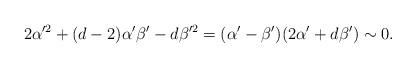
LaTeX: \begin{align*}2\alpha'^2 +(d - 2) \alpha' \beta' -d \beta'^2= (\alpha' -\beta')(2 \alpha' +d \beta') \sim 0. \end{align*}